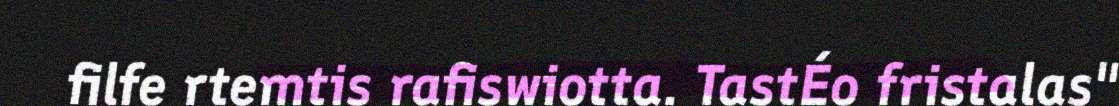
filfe rtemtis rafiswiotta. TastÉo fristalas"